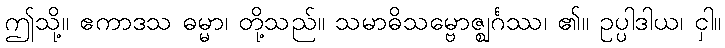
ဤသို့။ ဧကာဒသ ဓမ္မာ၊ တို့သည်။ သမာဓိသမ္ဗောဇ္ဈင်္ဂဿ၊ ၏။ ဥပ္ပါဒါယ၊ ငှါ။